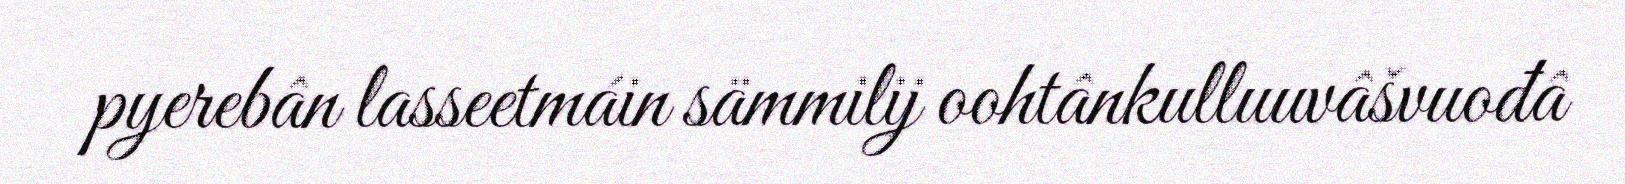
pyerebân lasseetmáin sämmilij oohtânkulluuvâšvuođâ